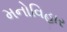
મનોવિહાર